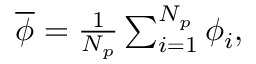
\begin{array} { r } { \overline { { \phi } } = \frac { 1 } { { N } _ { p } } \sum _ { i = 1 } ^ { { N } _ { p } } { { \phi } _ { i } } , } \end{array}